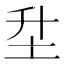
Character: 𡉼